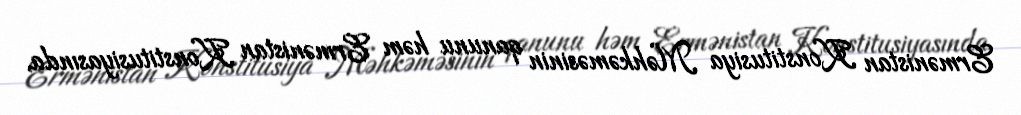
Ermənistan Konstitusiya Məhkəməsinin qanunu həm Ermənistan Konstitusiyasında,